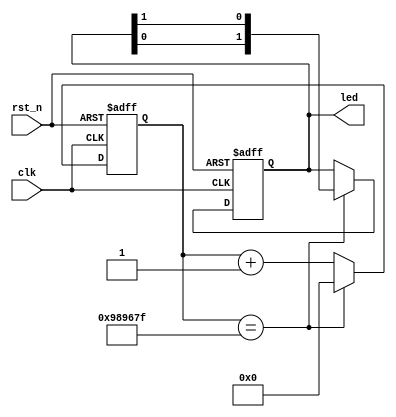
module led(
        input   wire        clk,        // system clock
        input   wire        rst_n,      // system reset
        output  reg [1:0]   led         // led pin
    );
    
    /*
     *  internet signals
     */
     reg [27:0] cnt;                    // 0.25s counter
     wire add_cnt;
     wire end_cnt;
    
    // cnt-----------------
    always@(posedge clk or negedge rst_n) begin
        if (rst_n == 1'h0) begin
            cnt <= 28'h0;
        end else if (add_cnt) begin
            if (end_cnt)
                cnt <= 28'h0;
            else
                cnt <= cnt + 28'h1;
        end
    end
    
    assign add_cnt = 1;
    assign end_cnt = (add_cnt) && (cnt == 10_000_000 - 1);
    
    // led-----------------
    always@(posedge clk or negedge rst_n) begin
        if(rst_n == 28'h0) begin
            led <= 2'b10;               // reset state
        end else if (end_cnt) begin
            led <= {led[0], led[1]};    // switch state
        end else begin
            led <= led;                 // keep state
        end
    end
    
endmodule